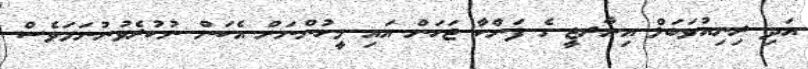
އަދި ރިނިއުވަބަލް އިނާރޖީ ގެ ފަންކާ ޖަހަން އައި މީހުންނަށް އެކަން ނުކުރެވުނުނަމަވެސް